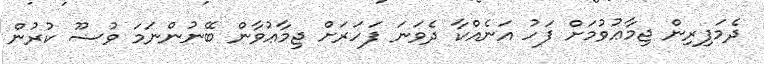
ދެމަފިރިން ޖިމާޢުވުމަށް ފަހު އަނެއްކާ ދެވަނަ ފަހަރަށް ޖިމާޢުވާން ބޭނުންނަމަ ވުޟޫ ކުރުން